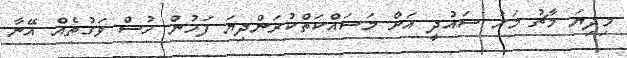
މިދިޔަ މާޗު މަހު ސައުދީ އަށް މަސައްކަތްކުރަންދިޔަ ފަހުން ހުސް ވަގުތެއް އޭނާ